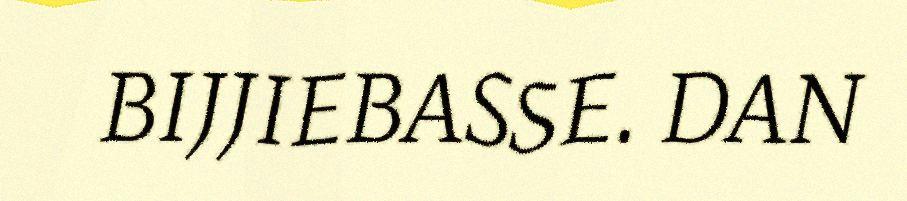
BIJJIEBASSE. DAN